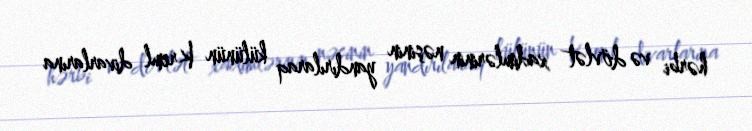
hərbi və dövlət xadimlərinin nəşinin yandırılaraq külünün Kreml divarlarına